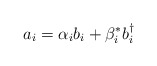
\begin{align*}a_i = \alpha_{i}b_i + \beta_{i}^{*} b_i^{\dagger}\end{align*}